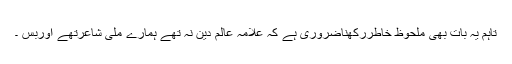
تاہم یہ بات بھی ملحوظ خاطررکھناضروری ہے کہ علامہ عالم دین نہ تھے ہمارے ملی شاعرتھے اوربس ۔